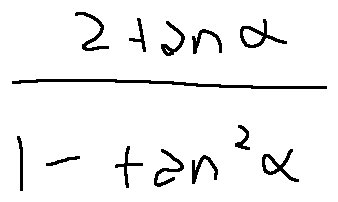
\frac { 2 \tan \alpha } { 1 - \tan ^ { 2 } \alpha }